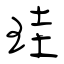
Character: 珪